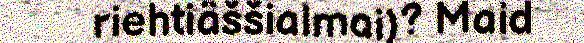
riehtiäššialmai)? Maid